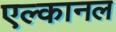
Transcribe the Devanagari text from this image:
एल्कानल